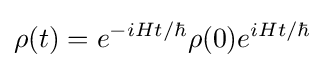
\rho (t)=e^{-iHt/\hbar }\rho (0)e^{iHt/\hbar }